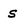
Character: s